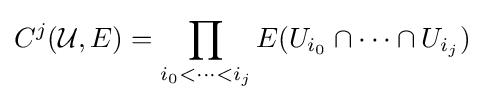
C^{j}({\mathcal {U}},E)=\prod _{i_{0}<\cdots <i_{j}}E(U_{i_{0}}\cap \cdots \cap U_{i_{j}})